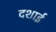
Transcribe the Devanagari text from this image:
दशाई